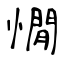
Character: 憪